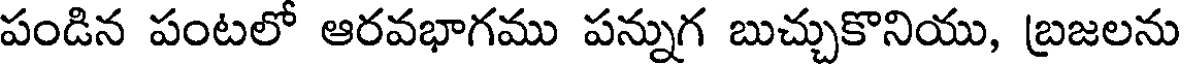
పండిన పంటలో ఆరవభాగము పన్నుగ బుచ్చుకొనియు, బ్రజలను